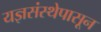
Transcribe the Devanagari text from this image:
यज्ञसंस्थेपासून